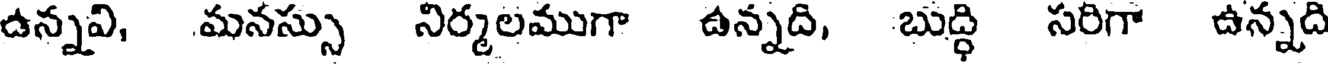
ఉన్నవి, మనస్సు నిర్మలముగా ఉన్నది, బుద్ధి సరిగా ఉన్నది